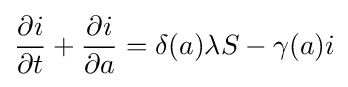
{\frac {\partial i}{\partial t}}+{\frac {\partial i}{\partial a}}=\delta (a)\lambda S-\gamma (a)i